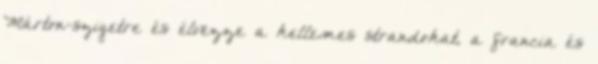
Márton-szigetre és élvezze a kellemes strandokat, a francia és